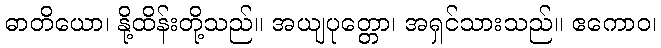
ဓာတိယော၊ နို့ထိန်းတို့သည်။ အယျပုတ္တော၊ အရှင်သားသည်။ ဧကောဝ၊